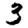
Digit: 3